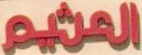
العثيم